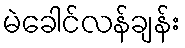
မဲခေါင်လန်ချန်း